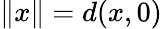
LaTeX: \lVert x\rVert=d(x,0)